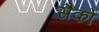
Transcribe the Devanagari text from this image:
सैकों